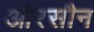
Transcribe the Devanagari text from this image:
औरसौन